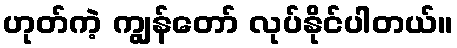
ဟုတ်ကဲ့ ကျွန်တော် လုပ်နိုင်ပါတယ်။